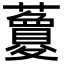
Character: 𧃜